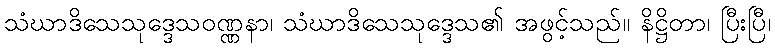
သံဃာဒိသေသုဒ္ဒေသဝဏ္ဏနာ၊ သံဃာဒိသေသုဒ္ဒေသ၏ အဖွင့်သည်။ နိဋ္ဌိတာ၊ ပြီးပြီ၊